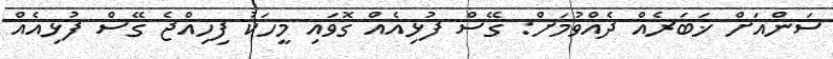
ސަންއަށް ޚަބަރެއް ދެއްވުމަށް: ގޭސް ފުޅިއެއް ގޮވައި މީހަކު ފިހިއްޖެ ގޭސް ފުޅިއެއް